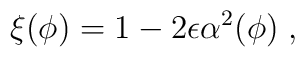
\xi(\phi) = 1- 2\epsilon \alpha^2(\phi)\; ,